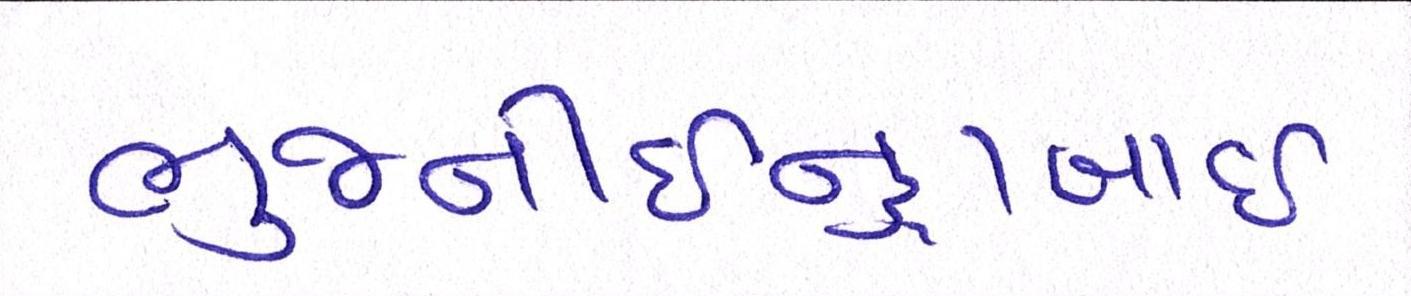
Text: ભુજનીઇન્દ્રાબાઇ